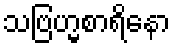
သဗြဟ္မစာရိနော